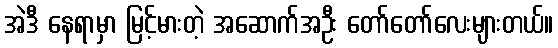
အဲဒီ နေရာမှာ မြင့်မားတဲ့ အဆောက်အဦး တော်တော်လေးများတယ်။